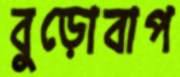
বুড়োবাপ